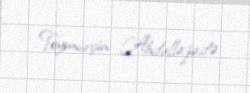
Teymurçin Abdullazadə